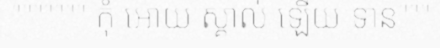
""""""" កុំ អោយ ស្គាល់ ឡើយ ទាន"""